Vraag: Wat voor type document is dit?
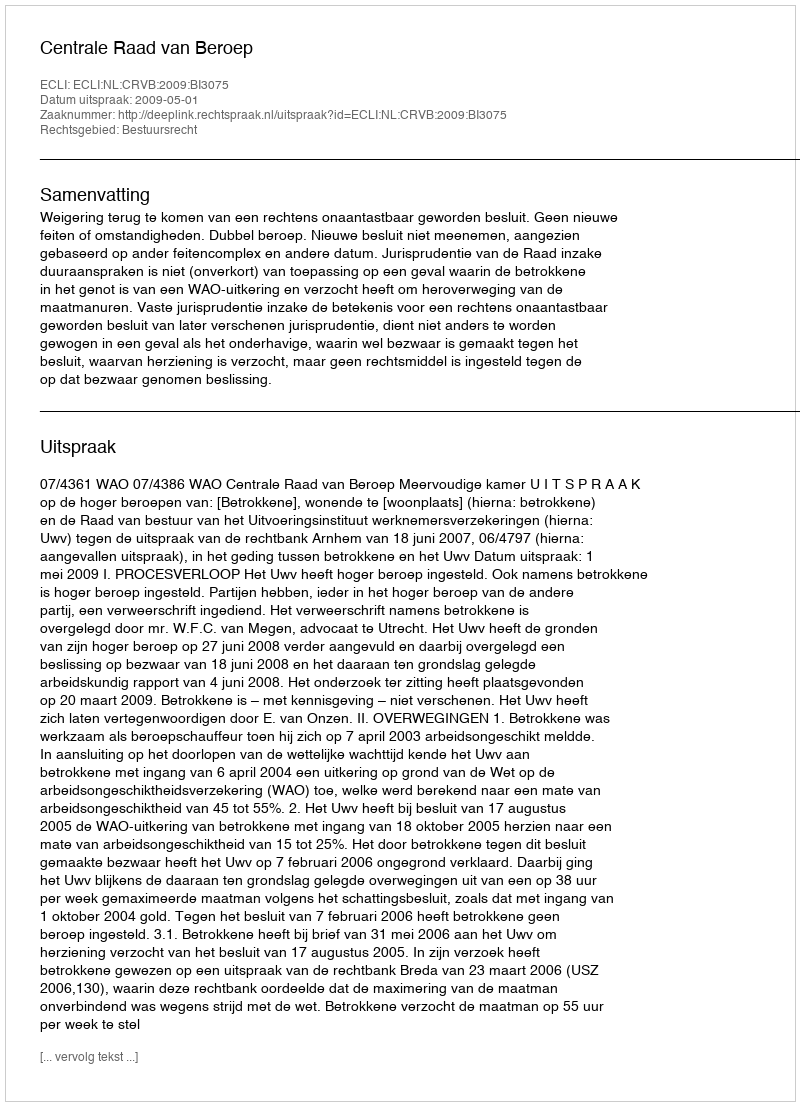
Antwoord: Uitspraak